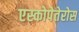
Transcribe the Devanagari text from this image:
एस्कोपेतेरोस